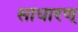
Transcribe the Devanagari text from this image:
साधारण्